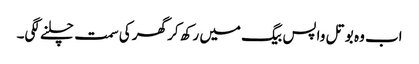
اب وہ بوتل واپس بیگ میں رکھ کر گھر کی سمت چلنے لگی۔